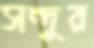
সন্দুর